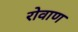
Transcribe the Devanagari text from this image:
रोवाण